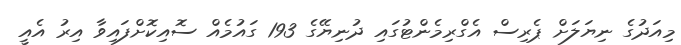
މިއަދުގެ ނިޔަލަށް ޕެރިސް އެގްރިމެންޓުގައި ދުނިޔޭގެ 193 ގައުމެއް ސޮއިކޮށްފައިވާ އިރު އެއީ